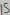
Text: 15